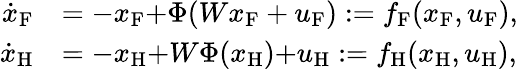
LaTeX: \begin{array}{rl}{\dot{x}_{\textup{F}}}&{=-x_{\textup{F}}{+}\Phi(Wx_{\textup{F}}+u_{\textup{F}}):=f_{\textup{F}}(x_{\textup{F}},u_{\textup{F}}),}\\ {\dot{x}_{\textup{H}}}&{={-}x_{\textup{H}}{+}W\Phi(x_{\textup{H}}){+}u_{\textup{H}}:=f_{\textup{H}}(x_{\textup{H}},u_{\textup{H}}),}\end{array}